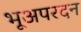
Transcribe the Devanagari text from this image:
भूअपरदन